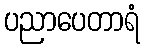
ပညာပေတာရံ